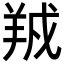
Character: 𬙱